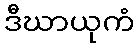
ဒီဃာယုကံ